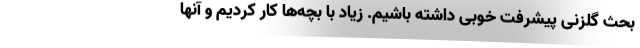
بحث گلزنی پیشرفت خوبی داشته باشیم. زیاد با بچه‌ها کار کردیم و آنها